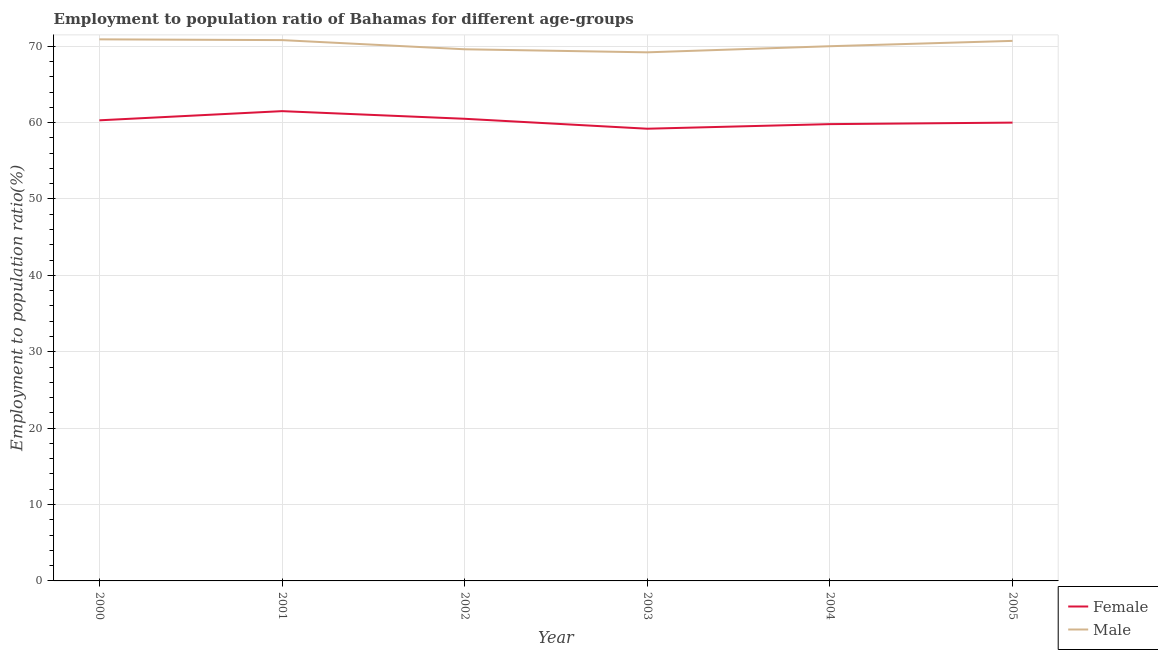
| Year | Female | Male |
 | --- | --- | --- |
 | 2000 | 60.3 | 70.9 |
 | 2001 | 61.5 | 70.8 |
 | 2002 | 60.5 | 69.6 |
 | 2003 | 59.2 | 69.2 |
 | 2004 | 59.8 | 70 |
 | 2005 | 60 | 70.7 |